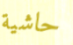
حاشية